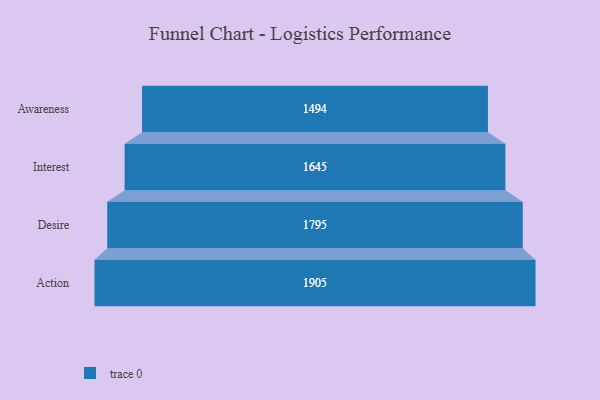
{"axis": {"x": "Stage", "y": "Value"}, "legend": [""], "data": [{"x": "Awareness", "y": 1494.0, "type": ""}, {"x": "Interest", "y": 1645.0, "type": ""}, {"x": "Desire", "y": 1795.0, "type": ""}, {"x": "Action", "y": 1905.0, "type": ""}]}